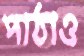
পাঠাও